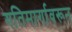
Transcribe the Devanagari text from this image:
गतिमार्गावरून